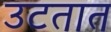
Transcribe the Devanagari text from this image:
उटतात